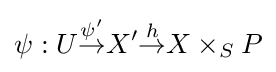
\psi :U{\stackrel {\psi '}{\to }}X'{\stackrel {h}{\to }}X\times _{S}P